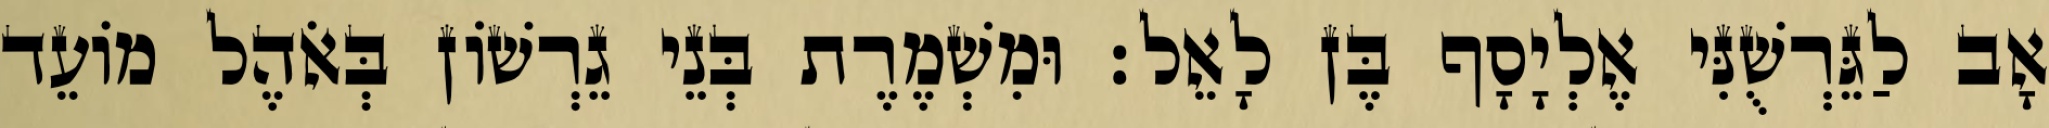
אָב לַגֵּרְשֻׁנִּי אֶלְיָסָף בֶּן לָאֵל׃ וּמִשְׁמֶרֶת בְּנֵי גֵרְשׁוֹן בְּאֹהֶל מוֹעֵד